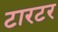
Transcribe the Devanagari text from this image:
टारटर